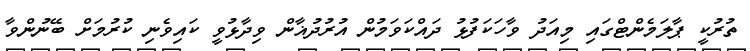
ތުރުކީ ޕާލަމެންޓްގައި މިއަދު ވާހަކަފުޅު ދައްކަވަމުން އުރުދުޣާން ވިދާޅުވީ ކައިވެނި ކުރުމަަށް ބޭނުންވާ